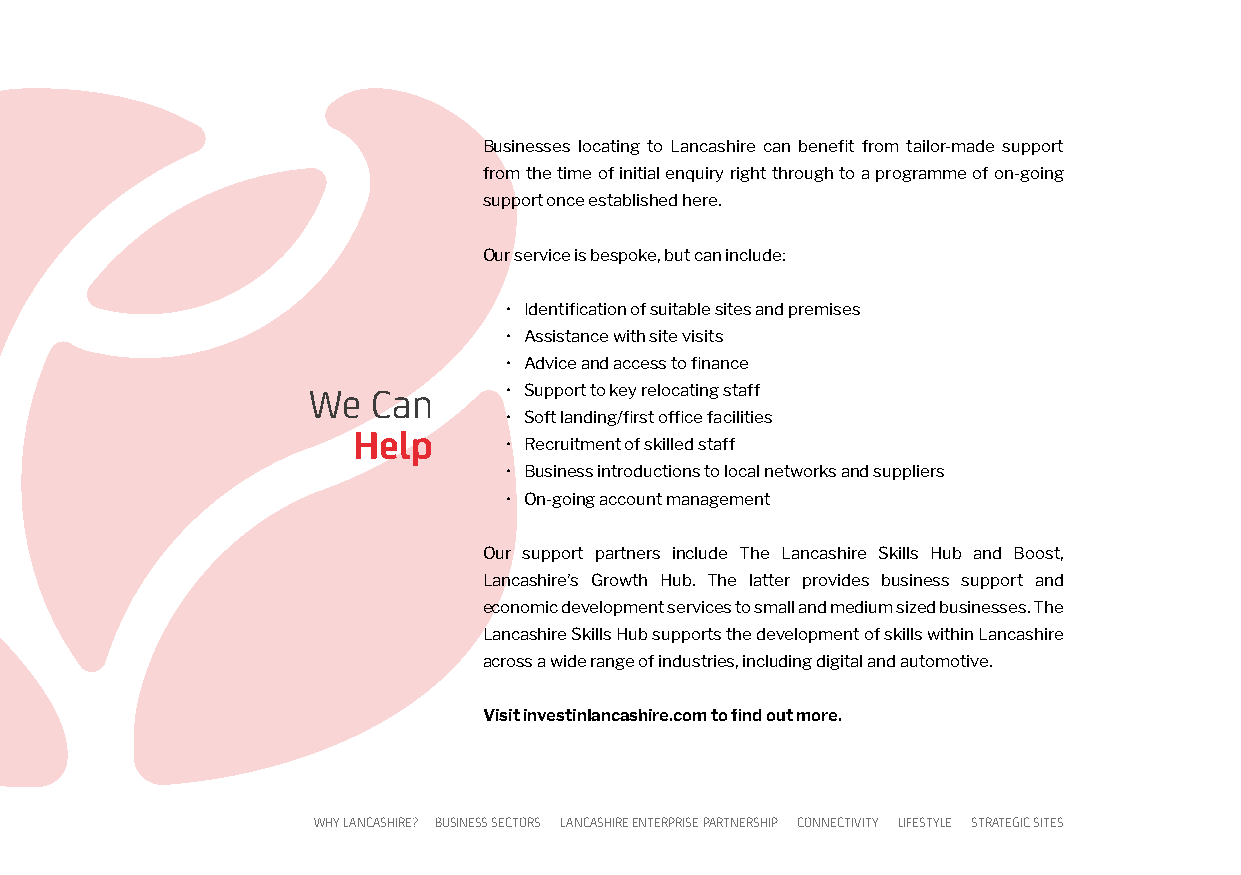
Businesses locating to Lancashire can benefit from tailor-made support
 from the time of initial enquiry right through to a programme of on-going
 support once established here.
 Our service is bespoke, but can include:
 • Identification of suitable sites and premises
 • Assistance with site visits
 • Advice and access to finance
 We   Can     • Support to key relocating staff
 • Soft landing/first office facilities
 Help
 • Recruitment of skilled staff
 • Business introductions to local networks and suppliers
 • On-going account management
 Our support partners include The Lancashire Skills Hub and Boost,
 Lancashire’s Growth Hub. The latter provides business support and
 economic development services to small and medium sized businesses. The
 Lancashire Skills Hub supports the development of skills within Lancashire
 across a wide range of industries, including digital and automotive.
 Visit investinlancashire.com to find out more.
 WHY LANCASHIRE? BUSINESS SECTORS LANCASHIRE ENTERPRISE PARTNERSHIP CONNECTIVITY LIFESTYLE STRATEGIC SITES